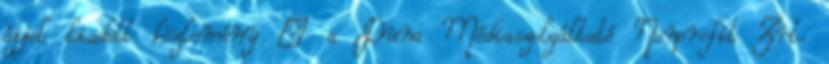
éjjel kiadott közlemény – a Duna Médiaszolgáltató Nonprofit Zrt.